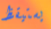
يستيقظ